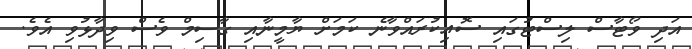
އަދި ވޯޓާސް ލިސްޓުގައި ސޮއިކުރައްވާނެ ކަމަށް ޔާމީނާއި ގާސިމް ވެސް ވިދާޅުވި އެވެ.